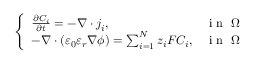
\left\{ \begin{array} { l l } { \frac { \partial C _ { i } } { \partial t } = - \nabla \cdot \boldsymbol { j } _ { i } , } & { \mathrm { ~ i ~ n ~ } ~ \Omega } \\ { - \nabla \cdot ( \varepsilon _ { 0 } \varepsilon _ { r } \nabla \phi ) = \sum _ { i = 1 } ^ { N } z _ { i } F C _ { i } , } & { \mathrm { ~ i ~ n ~ } ~ \Omega } \end{array} \right.